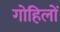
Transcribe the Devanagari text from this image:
गोहिलों